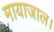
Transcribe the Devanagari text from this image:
मायाजाल।